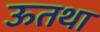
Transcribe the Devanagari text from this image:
ऊतथा